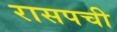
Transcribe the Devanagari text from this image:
रासपची